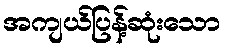
အကျယ်ပြန့်ဆုံးသော